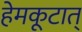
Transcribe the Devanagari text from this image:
हेमकूटात्